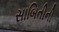
સાબિતીની